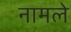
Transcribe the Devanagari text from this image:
नामले